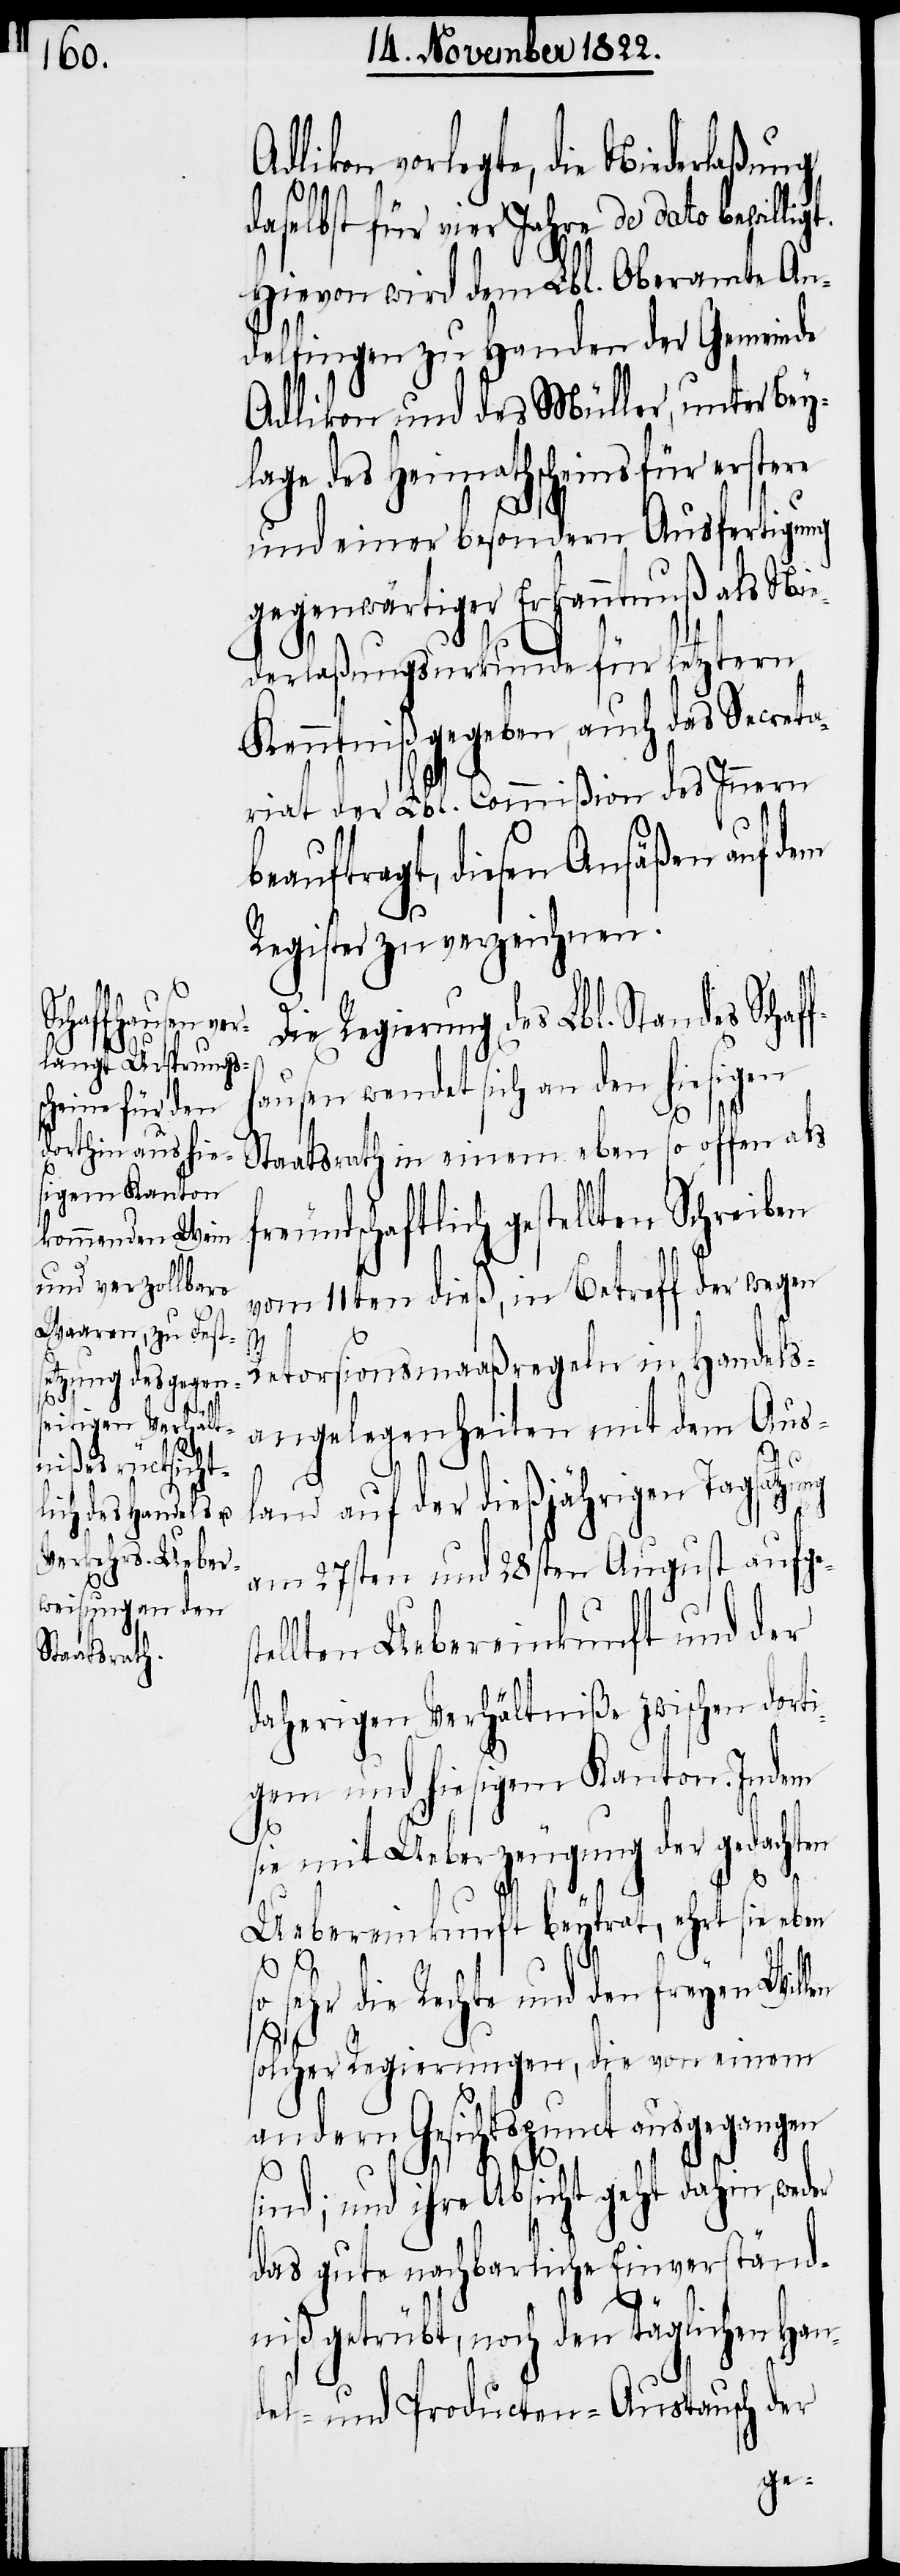
likon vorlegte, die Niederlaßung
daselbst für vier Jahre de dato bewill¬
Hievon wird dem Lbl. Oberamte An¬
delfingen zu Handen der Gemeinde
Adlikon und des Müller, unter Bey¬
lage des Heimathscheins für erstere
und einer besondern Ausfertigung
gegenwärtiger Erkanntnuß als Nie¬
derlaßungsurkunde für letztern
Kenntniß gegeben, auch das Secreta¬
riat der Lbl. Commißion des Innern
beauftragt, diesen Ansäßen auf
Register zu verzeichnen.
Die Regierung des Lbl. Standes Schaff¬
hausen wendet sich an den hiesigen
Staatsrath in einem eben so offen als
reundschaftlich gestellten Schreiben
vom 11ten dieß, in Betreff der wegen
igt.
Retorsionsmaaßregeln in Handels¬
angelegenheiten mit dem Aus¬
satzung
land auf der dießjährigen Tag¬
am 27sten und 28sten August aufges¬
tellten Uebereinkunft und der
daherigen Verhältniße zwischen dorti¬
gem und hiesigem Kanton. Indem
len
sie mit Ueberzeugung der gedachten
Uebereinkunft beytrat, ehrt sie eben
sehr die Rechte und den feyen Wil¬
solcher Regierungen, die von einem
andern Gesichtspunct ausgegangen
Ad¬
f¬
sind; und ihre Absicht geht dahin, weder
das gute nachbarliche Einverständ¬
niß getrübt, noch den täglichen Han¬
del- und Producten-Austausch der